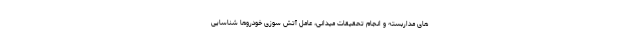
های مداربسته و انجام تحقیقات میدانی، عامل آتش سوزی خودروها شناسایی